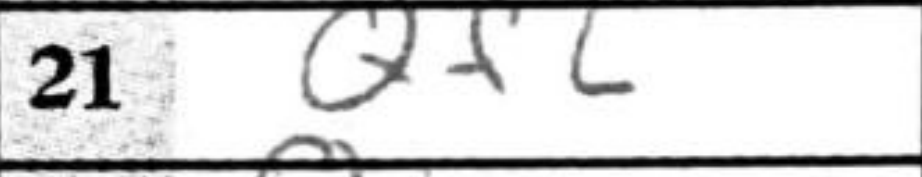
Transcription: Qf6